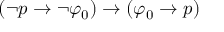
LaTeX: ( \neg p \to \neg \varphi _ { 0 } ) \to ( \varphi _ { 0 } \to p )